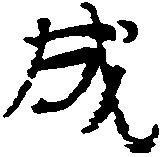
成